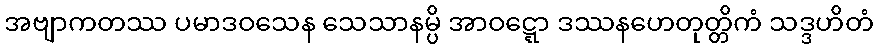
အဗျာကတဿ ပမာဒဝသေန သေသာနမ္ပိ အာဝဋ္ဋော ဒဿနဟေတုတ္တိကံ သဒ္ဒဟိတံ